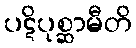
ပဋိပုစ္ဆာမီတိ